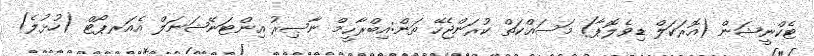
ޓެކްނީޝަން (އޮރަކަލް ޑިވެލޮޕާ) މަސައްކަތް ކުރަންޖެހޭ ތަން:އިބްރާހީމް ނާޞިރު އިންޓަނޭޝަނަލް އެއަރޕޯޓް (ހުޅުލެ)